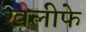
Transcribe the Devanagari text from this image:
खलीफे